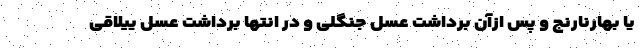
یا بهارنارنج و پس ازآن برداشت عسل جنگلی و در انتها برداشت عسل ییلاقی